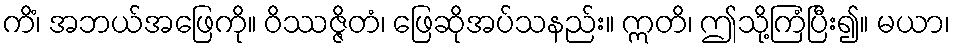
ကိံ၊ အဘယ်အဖြေကို။ ဝိဿဇ္ဇိတံ၊ ဖြေဆိုအပ်သနည်း။ ဣတိ၊ ဤသို့ကြံပြီး၍။ မယာ၊